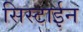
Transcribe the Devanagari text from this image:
सिस्टाईन